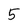
Character: 5